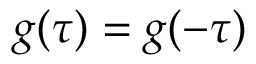
g ( \tau ) = g ( - \tau )